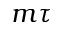
m \tau